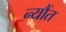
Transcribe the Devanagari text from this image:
न्यौंत